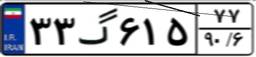
۰۶گ۹۶۴۴۲